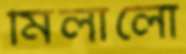
মিলালো